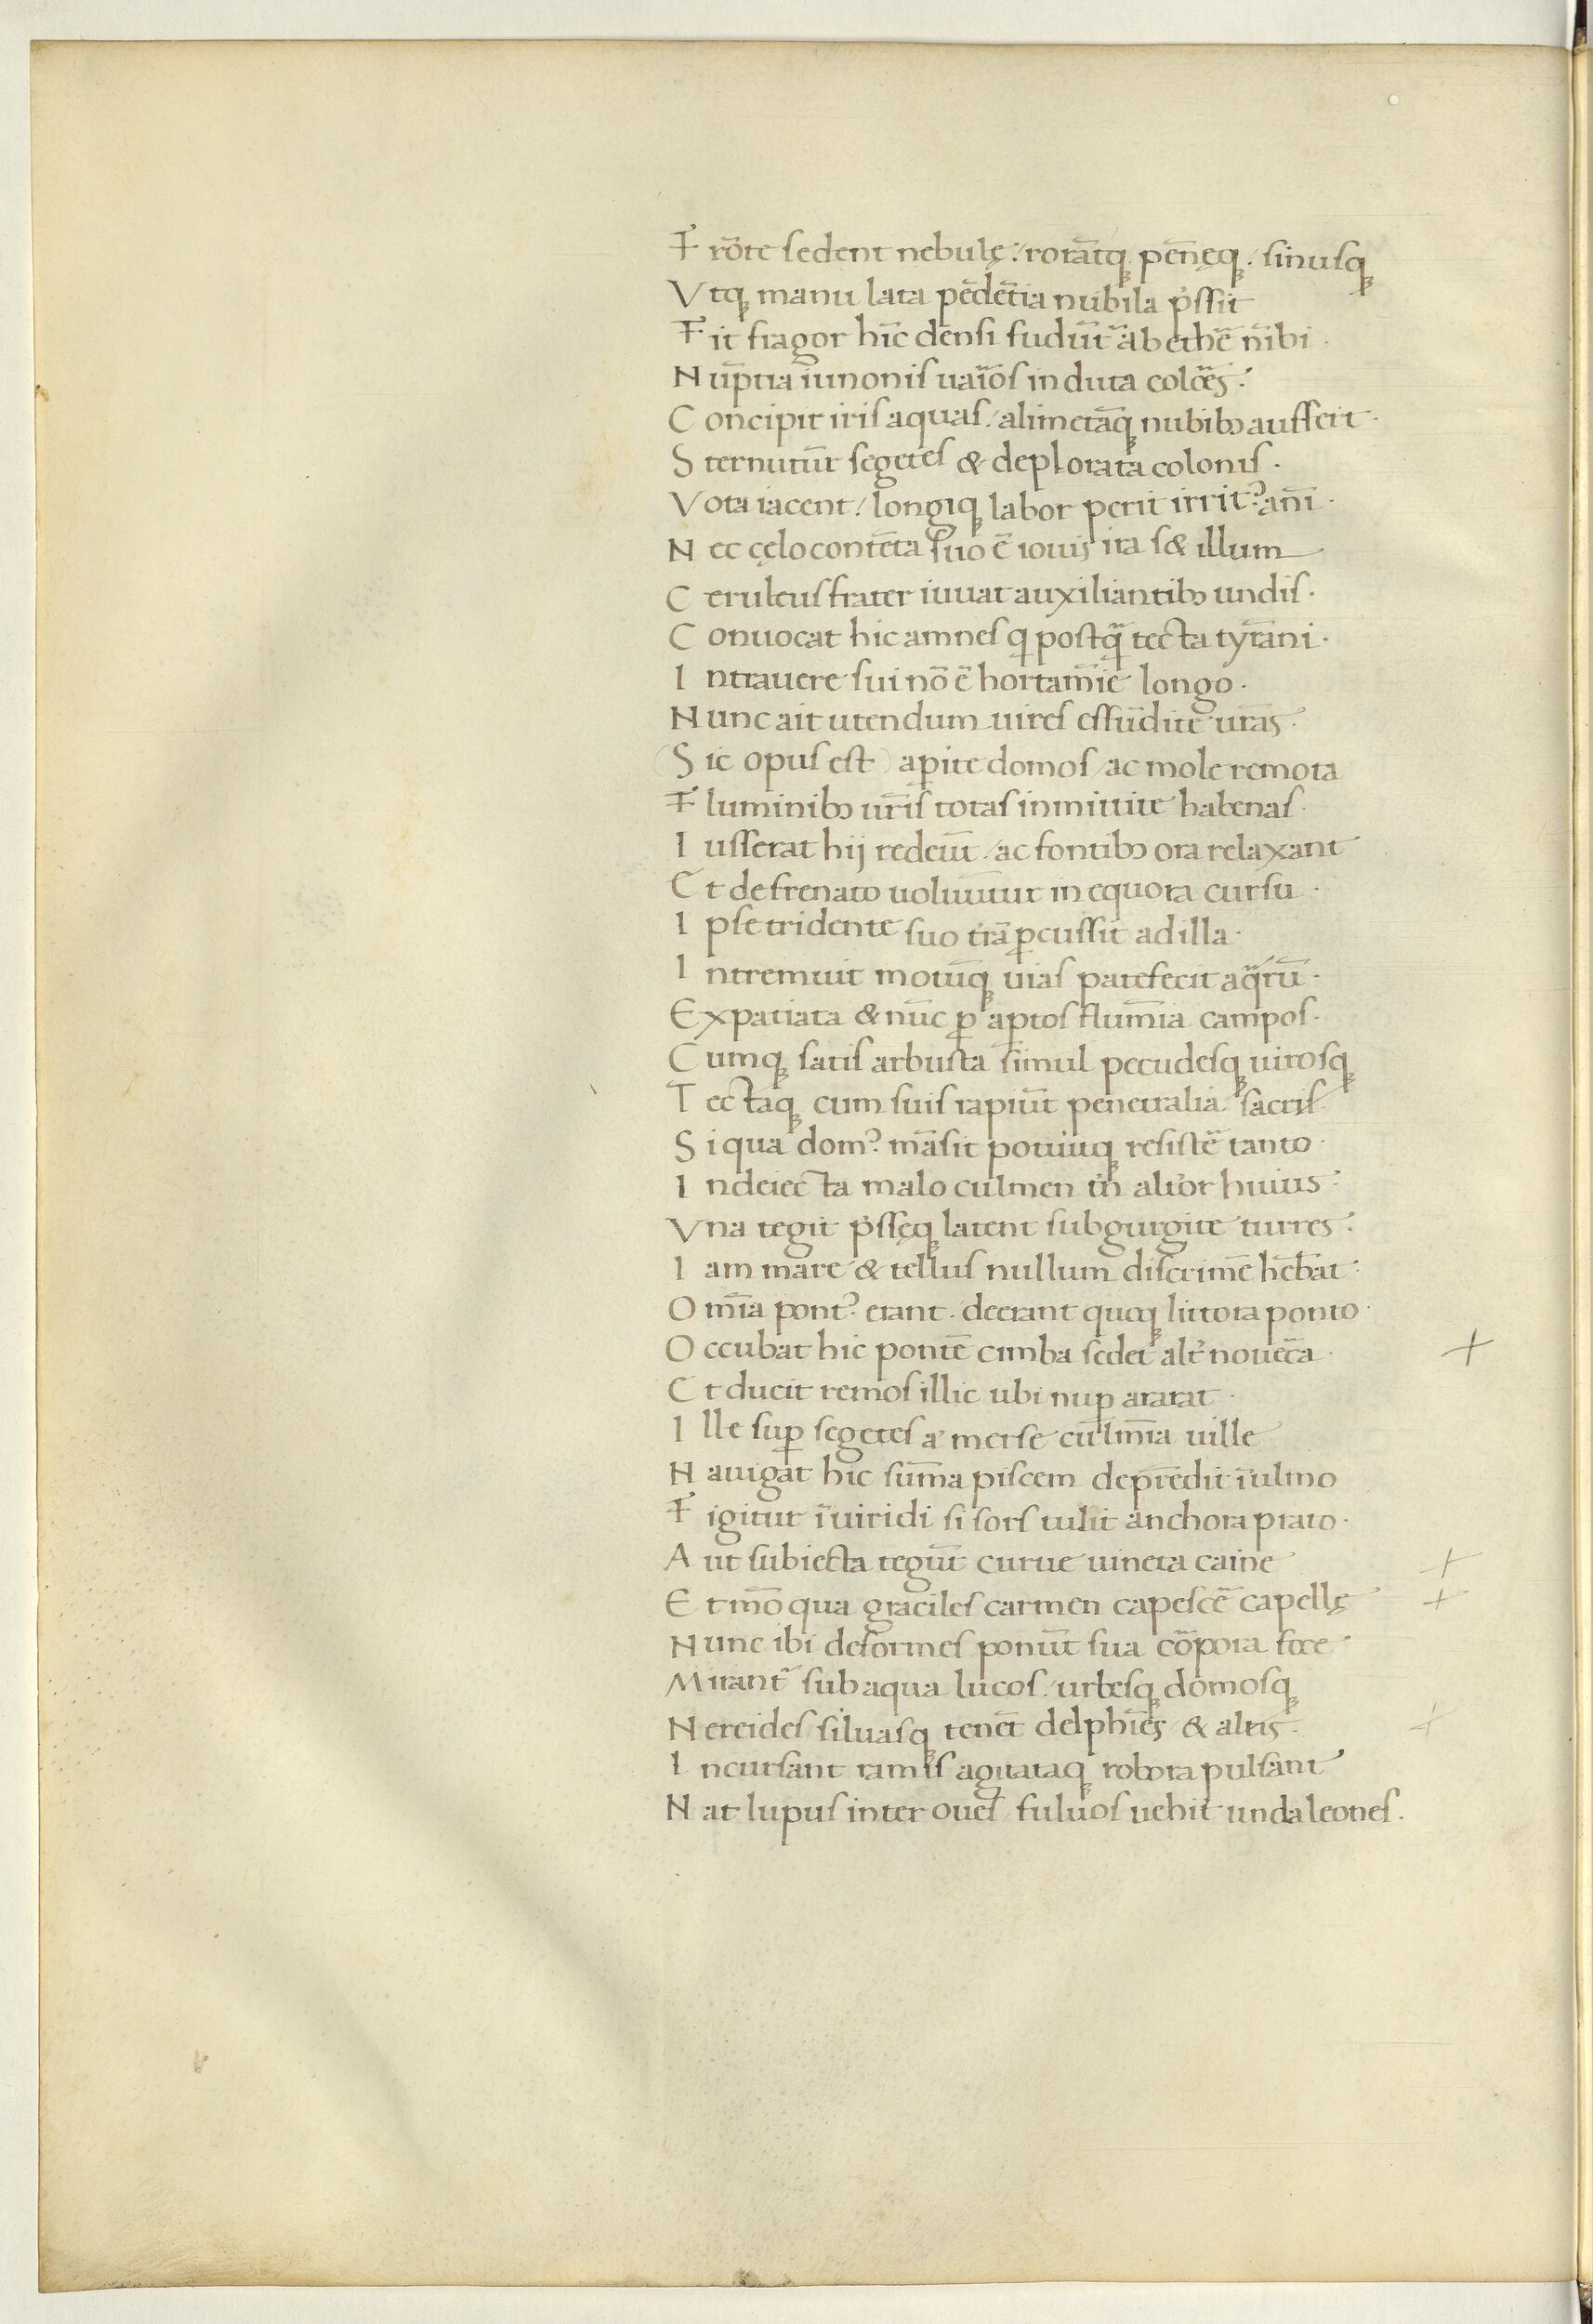
Shelfmark: Paris, BnF, Arsenal ms. 1046
Century: 15